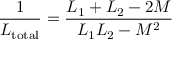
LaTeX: { \frac { 1 } { L _ { \mathrm { t o t a l } } } } = { \frac { L _ { 1 } + L _ { 2 } - 2 M } { L _ { 1 } L _ { 2 } - M ^ { 2 } } }